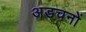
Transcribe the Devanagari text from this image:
अडचनों